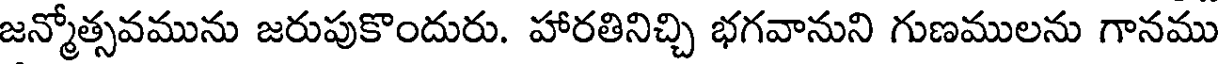
జన్మోత్సవమును జరుపుకొందురు. హారతినిచ్చి భగవానుని గుణములను గానము